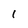
Character: 1